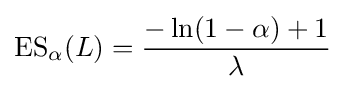
\operatorname {ES} _{\alpha }(L)={\frac {-\ln(1-\alpha )+1}{\lambda }}